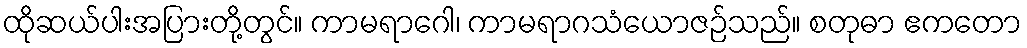
ထိုဆယ်ပါးအပြားတို့တွင်။ ကာမရာဂေါ၊ ကာမရာဂသံယောဇဉ်သည်။ စတုဓာ ဧကတော